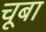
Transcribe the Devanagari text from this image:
चूबा